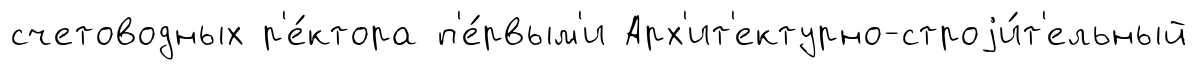
счетоводных р'е́ктора п'е́рвым'и Арх'ит'ектурно-строjи́т'ельный